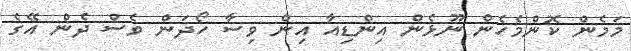
މަމެން ކޮންމެހެން ނޫޅެން އިންޑިއާ އިން ވިސާ ހޯދަން ވެސް ދެން އޭގެ